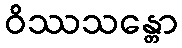
ဝိဿသန္တော